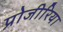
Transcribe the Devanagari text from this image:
प्रोजीरिया